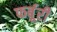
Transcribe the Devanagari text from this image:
फर्बूरी